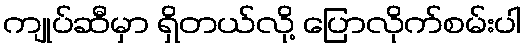
ကျုပ်ဆီမှာ ရှိတယ်လို့ ပြောလိုက်စမ်းပါ